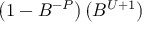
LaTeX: \left( 1 - B ^ { - P } \right) \left( B ^ { U + 1 } \right)